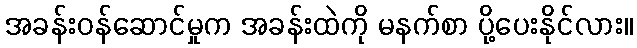
အခန်းဝန်ဆောင်မှုက အခန်းထဲကို မနက်စာ ပို့ပေးနိုင်လား။